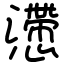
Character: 懘